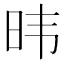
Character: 𬀩